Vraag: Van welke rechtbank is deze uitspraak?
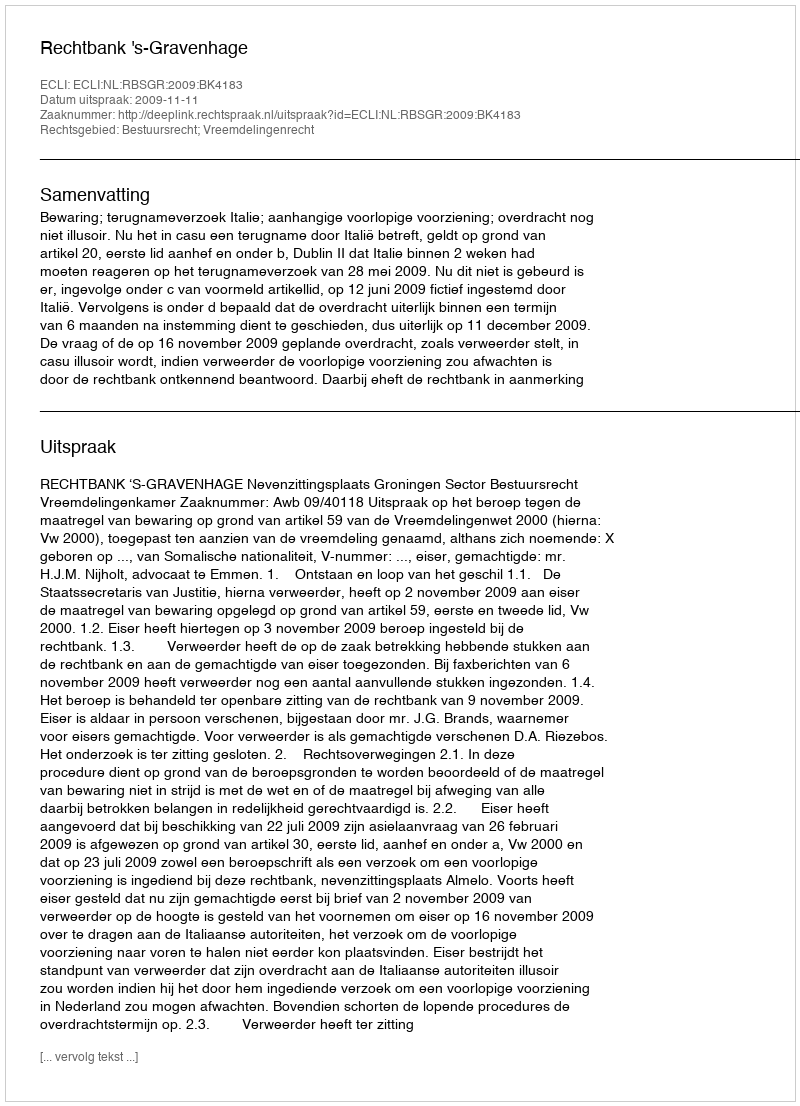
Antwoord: Rechtbank 's-Gravenhage